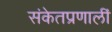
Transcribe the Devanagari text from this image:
संकेतप्रणालीं